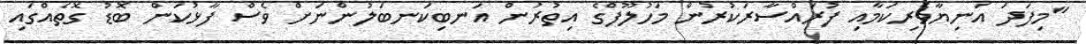
"މިފަދަ އަނިޔާވެރިކަމާއި ފުރައްސާރަކުރުން މަހުލޫފްގެ އިތުރުން އަނބިކަނބަލުންނަށް ވެސް ފާޅުކަން ބޮޑު ގޮތެއްގައި